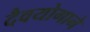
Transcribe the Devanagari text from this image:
दैवयोगाने